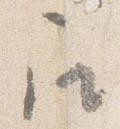
召